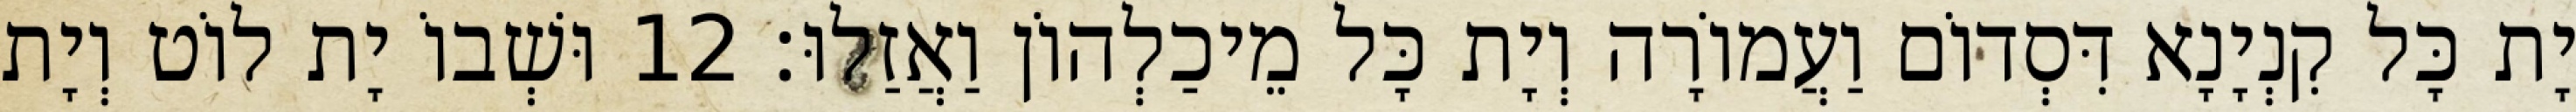
יָת כָּל קִנְיָנָא דִּסְדוֹם וַעֲמוֹרָה וְיָת כָּל מֵיכַלְהוֹן וַאֲזַלוּ׃ 12 וּשְׁבוֹ יָת לוֹט וְיָת